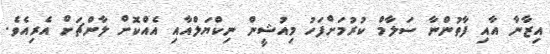
އިޒާނާ އާއި ފާތުންނާ ސަލާމް ކުރުމަށްފަހު މިއުޝީން ނިކްޔަލްއާއި އެއްކޮށް ލާންޗަށް އެރިއެވެ.